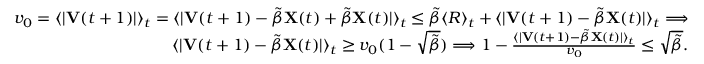
\begin{array} { r l r } & { } & { v _ { 0 } = \langle | \mathbf { V } ( t + 1 ) | \rangle _ { t } = \langle | \mathbf { V } ( t + 1 ) - \tilde { \beta } \mathbf { X } ( t ) + \tilde { \beta } \mathbf { X } ( t ) | \rangle _ { t } \leq \tilde { \beta } \langle R \rangle _ { t } + \langle | \mathbf { V } ( t + 1 ) - \tilde { \beta } \mathbf { X } ( t ) | \rangle _ { t } \Longrightarrow } \\ & { } & { \langle | \mathbf { V } ( t + 1 ) - \tilde { \beta } \mathbf { X } ( t ) | \rangle _ { t } \geq v _ { 0 } ( 1 - \sqrt { \tilde { \beta } } ) \Longrightarrow 1 - \frac { \langle | \mathbf { V } ( t + 1 ) - \tilde { \beta } \mathbf { X } ( t ) | \rangle _ { t } } { v _ { 0 } } \leq \sqrt { \tilde { \beta } } . } \end{array}